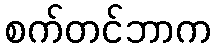
စက်တင်ဘာက